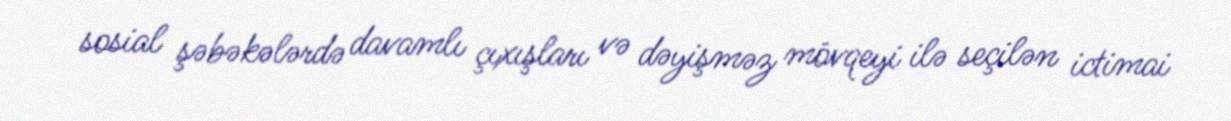
sosial şəbəkələrdə davamlı çıxışları və dəyişməz mövqeyi ilə seçilən ictimai